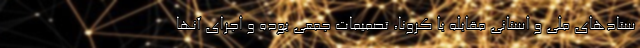
ستادهای ملی و استانی مقابله با کرونا، تصمیمات جمعی بوده و اجرای آنها